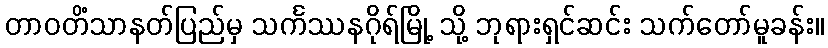
တာဝတိံသာနတ်ပြည်မှ သင်္ကဿနဂိုရ်မြို့ သို့ ဘုရားရှင်ဆင်း သက်တော်မူခန်း။